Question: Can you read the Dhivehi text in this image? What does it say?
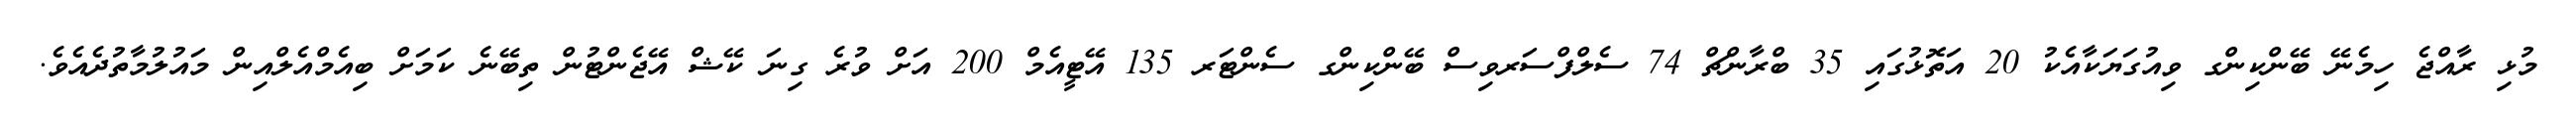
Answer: މުޅި ރާއްޖެ ހިމެނޭ ބޭންކިންގ ވިއުގަޔަކާއެކު 20 އަތޮޅުގައި 35 ބްރާންޗް 74 ސެލްފްސަރވިސް ބޭންކިންގ ސެންޓަރ 135 އޭޓީއެމް 200 އަށް ވުރެ ގިނަ ކޭޝް އޭޖެންޓުން ތިބޭނެ ކަމަށް ބިއެމްއެލްއިން މައުލުމާތުދެއެވެ.